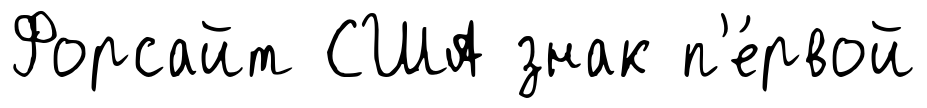
Форсайт США знак п'е́рвой